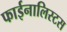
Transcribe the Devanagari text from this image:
फाईनालिस्टस